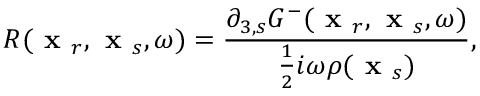
R ( \textbf { x } _ { r } , \textbf { x } _ { s } , \omega ) = \frac { \partial _ { 3 , s } G ^ { - } ( \textbf { x } _ { r } , \textbf { x } _ { s } , \omega ) } { \frac { 1 } { 2 } i \omega \rho ( \textbf { x } _ { s } ) } ,